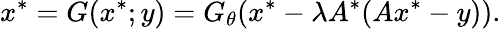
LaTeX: x^{*}=G(x^{*};y)=G_{\theta}(x^{*}-\lambda A^{*}(Ax^{*}-y)).